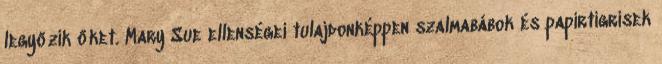
legyőzik őket. Mary Sue ellenségei tulajdonképpen szalmabábok és papírtigrisek